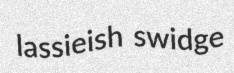
lassieish swidge